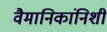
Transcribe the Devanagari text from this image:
वैमानिकांनिशी